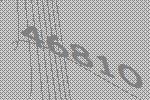
46810